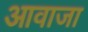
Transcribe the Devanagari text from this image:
आवाजा